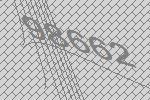
98662